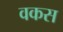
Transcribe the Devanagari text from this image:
वकस